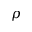
\boldsymbol { \rho }